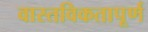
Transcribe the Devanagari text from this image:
वास्तविकतापूर्ण